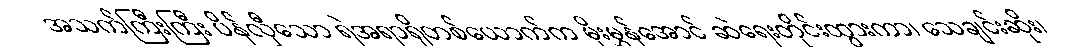
အသက်ကြီးကြီး ပိန်လှီသော ရဲအရာရှိတစ်ယောက်က မိုးမွှန်အောင် ဆဲရေးတိုင်းထွားကာ၊ သေချင်းဆိုး၊